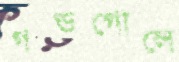
গণ্ডগোলে